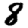
Digit: 8